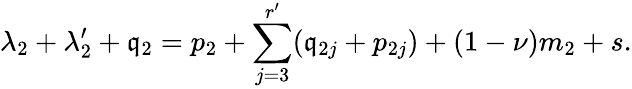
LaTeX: \lambda_{2}+\lambda_{2}^{\prime}+\mathfrak{q}_{2}=p_{2}+\sum_{j=3}^{r^{\prime}}(\mathfrak{q}_{2j}+p_{2j})+(1-\nu)m_{2}+s.